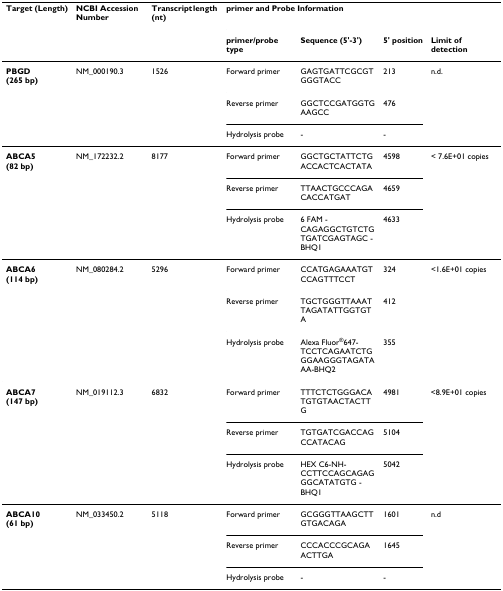
| Target (Length) | NCBI Accession Number | Transcript length (nt) | <COLSPAN=4> primer and Probe Information |
 |  |  |  | primer/probe type | Sequence (5'-3') | 5' position | Limit of detection |
 | --- | --- | --- | --- | --- | --- | --- |
 | PBGD (265 bp) | NM_000190.3 | 1526 | Forward primer | GAGTGATTCGCGTGGGTACC | 213 | n.d. |
 |  |  |  | Reverse primer | GGCTCCGATGGTGAAGCC | 476 |  |
 |  |  |  | Hydrolysis probe | - | - |  |
 | ABCA5 (82 bp) | NM_172232.2 | 8177 | Forward primer | GGCTGCTATTCTGACCACTCACTATA | 4598 | < 7.6E+01 copies |
 |  |  |  | Reverse primer | TTAACTGCCCAGACACCATGAT | 4659 |  |
 |  |  |  | Hydrolysis probe | 6 FAM - CAGAGGCTGTCTGTGATCGAGTAGC - BHQ1 | 4633 |  |
 | ABCA6 (114 bp) | NM_080284.2 | 5296 | Forward primer | CCATGAGAAATGTCCAGTTTCCT | 324 | <1.6E+01 copies |
 |  |  |  | Reverse primer | TGCTGGGTTAAATTAGATATTGGTGTA | 412 |  |
 |  |  |  | Hydrolysis probe | Alexa Fluor®647-TCCTCAGAATCTGGGAAGGGTAGATAAA-BHQ2 | 355 |  |
 | ABCA7 (147 bp) | NM_019112.3 | 6832 | Forward primer | TTTCTCTGGGACATGTGTAACTACTTG | 4981 | <8.9E+01 copies |
 |  |  |  | Reverse primer | TGTGATCGACCAGCCATACAG | 5104 |  |
 |  |  |  | Hydrolysis probe | HEX C6-NH- CCTTCCAGCAGAGGGCATATGTG - BHQ1 | 5042 |  |
 | ABCA10 (61 bp) | NM_033450.2 | 5118 | Forward primer | GCGGGTTAAGCTTGTGACAGA | 1601 | n.d |
 |  |  |  | Reverse primer | CCCACCCGCAGAACTTGA | 1645 |  |
 |  |  |  | Hydrolysis probe | - | - |  |